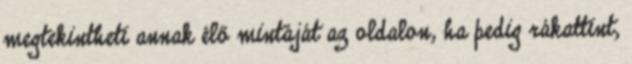
megtekintheti annak élő mintáját az oldalon, ha pedig rákattint,